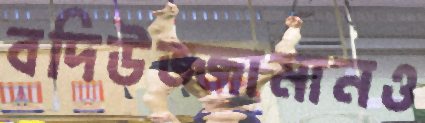
বদিউজ্জামানও